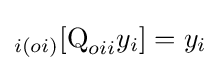
_{i(oi)}[{\text{Q}}_{oii}y_{i}]=y_{i}